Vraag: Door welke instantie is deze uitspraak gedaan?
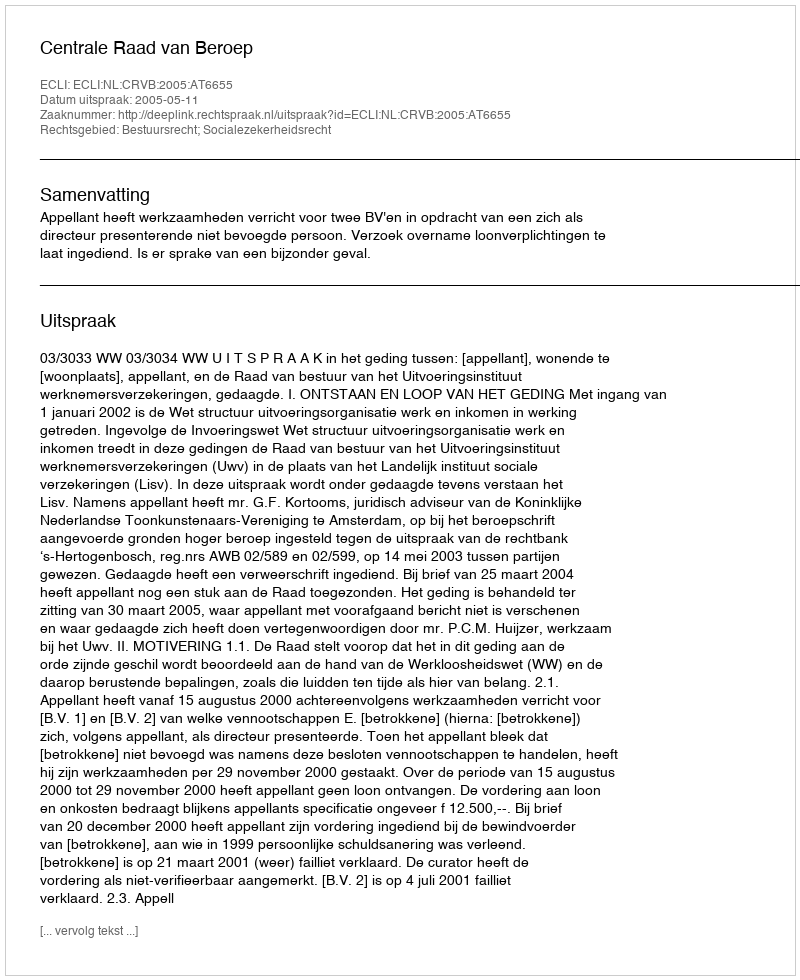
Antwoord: Centrale Raad van Beroep